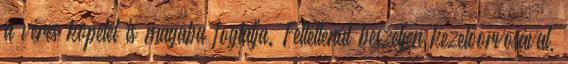
a véres köpetet is magába foglalja. Feltétlenül beszéljen kezelőorvosával,